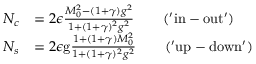
\begin{array} { r l } { N _ { c } } & { = 2 \epsilon \frac { M _ { 0 } ^ { 2 } - ( 1 + \gamma ) g ^ { 2 } } { 1 + ( 1 + \gamma ) ^ { 2 } g ^ { 2 } } \qquad \mathrm { ( ' i n - o u t ' ) } } \\ { N _ { s } } & { = 2 \epsilon \mathrm { g } \frac { 1 + ( 1 + \gamma ) M _ { 0 } ^ { 2 } } { 1 + ( 1 + \gamma ) ^ { 2 } g ^ { 2 } } \qquad \mathrm { ( ' u p - d o w n ' ) } } \end{array}